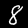
Label: 8